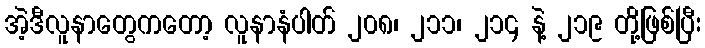
အဲ့ဒီလူနာတွေကတော့ လူနာနံပါတ် ၂၀၈၊ ၂၁၁၊ ၂၁၄ နဲ့ ၂၁၉ တို့ဖြစ်ပြီး